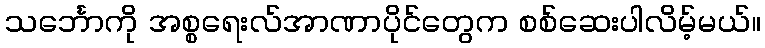
သင်္ဘောကို အစ္စရေးလ်အာဏာပိုင်တွေက စစ်ဆေးပါလိမ့်မယ်။